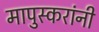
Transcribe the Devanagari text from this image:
मापुस्करांनी